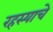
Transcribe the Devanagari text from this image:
रहस्याचे